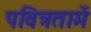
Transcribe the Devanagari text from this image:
पवित्रतामें